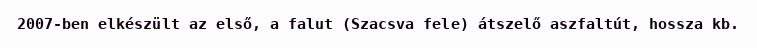
2007-ben elkészült az első, a falut (Szacsva fele) átszelő aszfaltút, hossza kb.